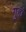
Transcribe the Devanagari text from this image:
गुह्यं